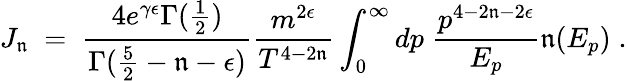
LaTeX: J_{\mathfrak{n}}\; =\; {\frac{{4e^{\gamma\epsilon}\Gamma({\frac{{1}}{{2}}})}}{{\Gamma({\frac{{5}}{{2}}}-\mathfrak{n}-\epsilon)}}}{\frac{{m^{2\epsilon}}}{{T^{4-2\mathfrak{n}}}}}\int_{0}^{\infty}dp\; {\frac{{p^{4-2\mathfrak{n}-2\epsilon}}}{{E_{p}}}}\mathfrak{n}(E_{p})\; .